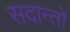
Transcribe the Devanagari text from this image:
सदान्तो